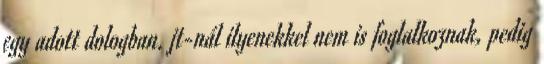
egy adott dologban. jt-nál ilyenekkel nem is foglalkoznak, pedig